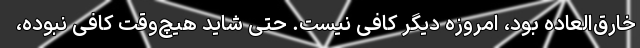
خارق‌العاده بود، امروزه دیگر کافی نیست. حتی شاید هیچ‌وقت کافی نبوده،